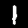
Label: 1